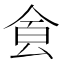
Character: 𩚀